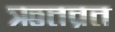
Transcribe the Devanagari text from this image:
ऋतव्रत